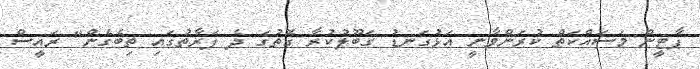
ޕާޓީން މަސައްކަތް ކުރަންވާނީ އަޅުގަނޑު ގަބޫލުކުރާ ގޮތުގަ ދެ ފަރާތުގައި ތިބެގެން" ރައީސް